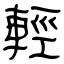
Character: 輕